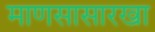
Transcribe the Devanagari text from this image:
माणसासारखा